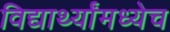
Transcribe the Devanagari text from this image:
विद्यार्थ्यांमध्येच